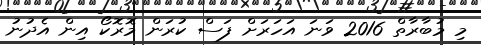
މި މުބާރާތް 2016 ވަނަ އަހަރަށް ފަސް ކުރަން މޮރޮކޯ އިން އެދުނު